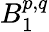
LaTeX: B_{1}^{p,q}